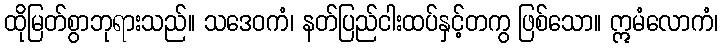
ထိုမြတ်စွာဘုရားသည်။ သဒေဝကံ၊ နတ်ပြည်ငါးထပ်နှင့်တကွ ဖြစ်သော။ ဣမံလောကံ၊